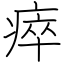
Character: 瘁